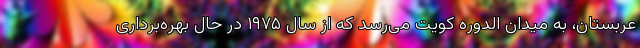
عربستان، به میدان الدوره کویت می‌رسد که از سال ١٩٧۵ در حال بهره‌برداری